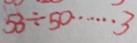
5 3 \div 5 0 \cdots 3